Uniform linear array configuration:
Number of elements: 24
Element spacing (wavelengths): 0.75
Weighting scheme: hann
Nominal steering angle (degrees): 45
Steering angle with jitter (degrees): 45.523
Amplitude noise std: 0.05
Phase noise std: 0.05

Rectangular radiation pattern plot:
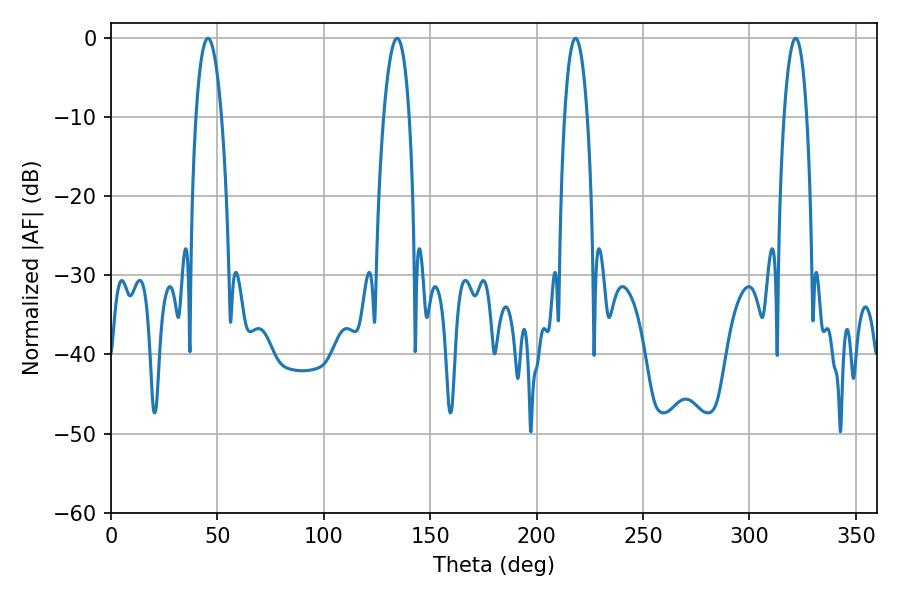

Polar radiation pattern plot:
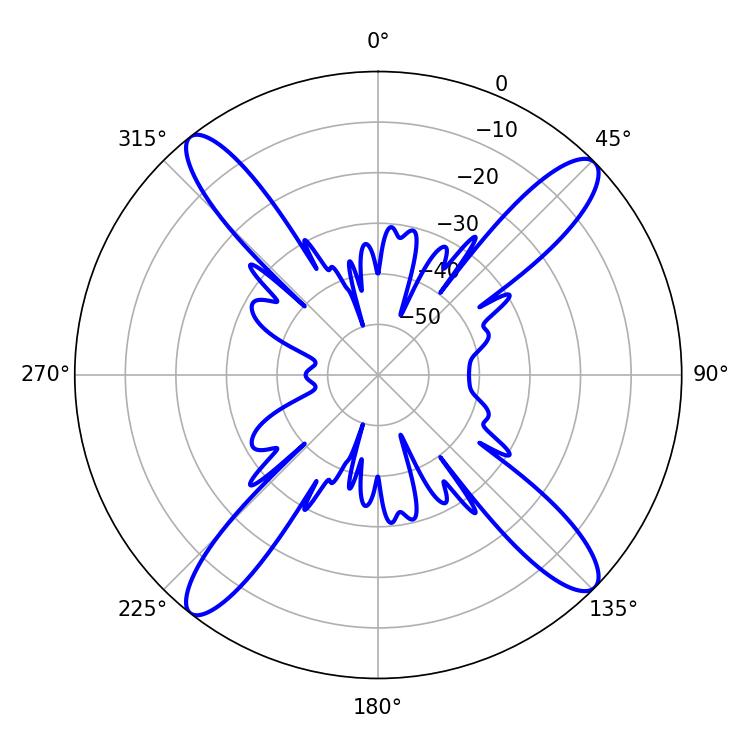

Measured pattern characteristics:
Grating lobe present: TRUE
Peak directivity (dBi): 16.885
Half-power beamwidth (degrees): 6.66
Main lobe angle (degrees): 45.54